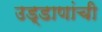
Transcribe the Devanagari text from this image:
उड्डाणांची